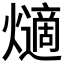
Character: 𤑦